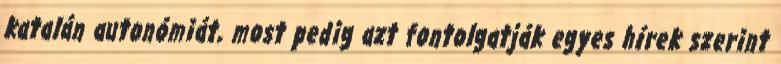
katalán autonómiát, most pedig azt fontolgatják egyes hírek szerint